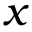
x